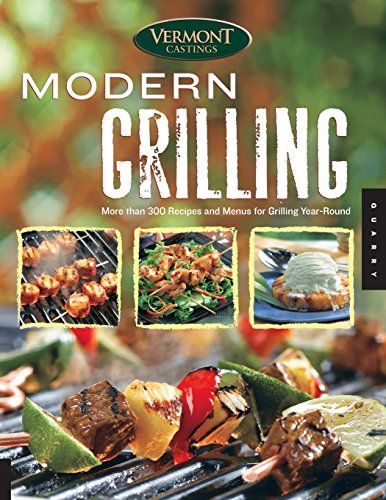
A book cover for Vermont Castings' Modern Grilling: More Than 300 Recipes and Menus for Grilling Year Round; Cookbooks, Food & Wine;